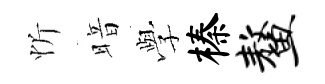
忻暗𫝯榛鳌